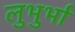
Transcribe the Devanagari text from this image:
लुभुर्भा